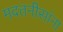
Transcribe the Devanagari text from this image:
मदतनीसांना